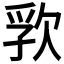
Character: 𬅦